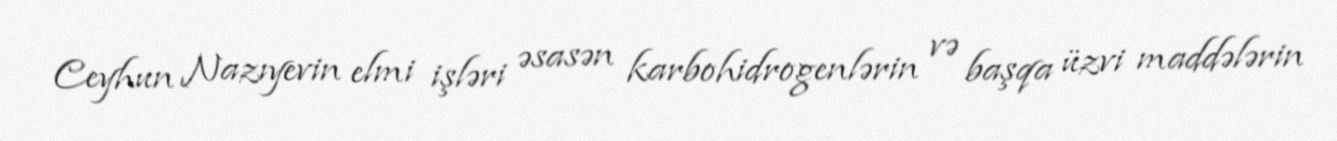
Ceyhun Nazıyevin elmi işləri əsasən karbohidrogenlərin və başqa üzvi maddələrin